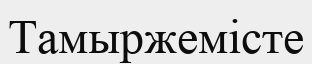
Тамыржемісте